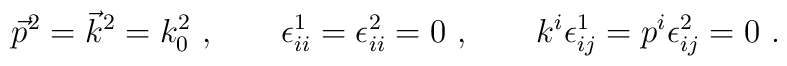
\vec p^2 = \vec k^2 =k_0^2\ , \qquad \epsilon^1_{ii}=\epsilon^2_{ii}=0\ ,\qquad k^i \epsilon^1_{ij} = p^i \epsilon^2_{ij} =0 \ .